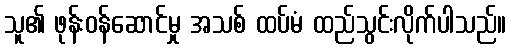
သူ၏ ဖုန်းဝန်ဆောင်မှု အသစ် ထပ်မံ ထည်သွင်းလိုက်ပါသည်။